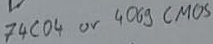
Text: 7404 or 4069 CMOS